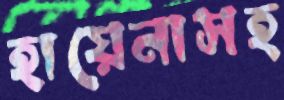
হায়েনাসহ